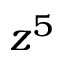
z ^ { 5 }